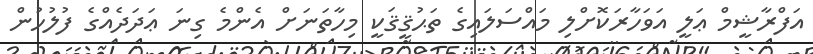
އަފްރާޝީމް ޢަލީ އަވަހާރަކޮށްލި މައްސަލައިގެ ތަޙުޤީޤަކީ މިހާތަނަށް އެންމެ ގިނަ ޢަދަދެއްގެ ފުލުހުން